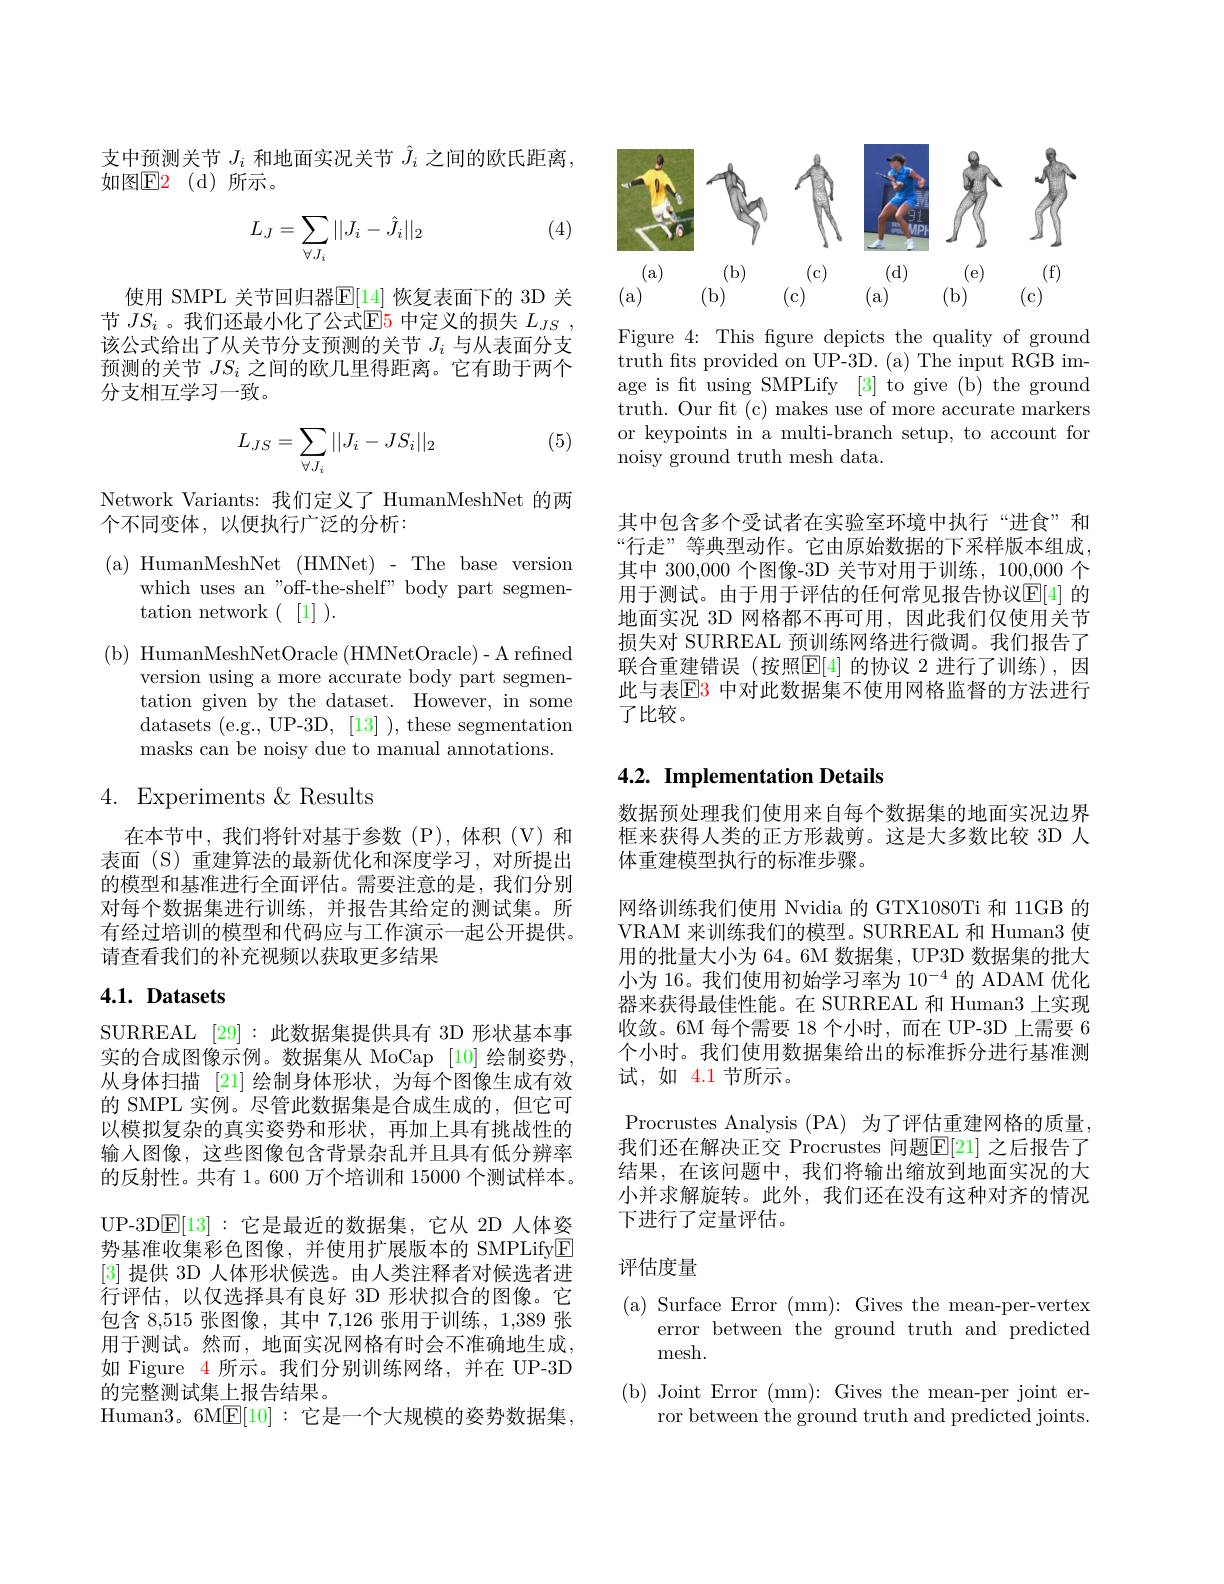
支中预测关节$J_i$和地面实况关节$\hat{J}_i$之间的欧氏距离，
如图E2(d)所示。

(4)
$$L_J=\sum\limits_{\forall J_i}||J_i-\hat{J}_i||_2$$
使用 SMPL 关节回归器$\overline{\mathbb{E}}[14]$ 恢复表面下的 3D 关节 $JS_i$ 。我们还最小化了公式$\overline{\mathrm{E}}$5 中定义的损失 $L_{JS}$, 该公式给出了从关节分支预测的关节$J_i$与从表面分支预测的关节$JS_i$之间的欧几里得距离。它有助于两个分支相互学习一致。

(5)
$$L_{JS}=\sum\limits_{\forall J_i}||J_i-JS_i||_2$$
Network Variants: 我们定义了 HumanMeshNet 的两
个不同变体，以便执行广泛的分析：

(a)HumanMeshNet(HMNet)-Thebaseversion

which uses an"off-the-shelf" body part segmen-

${\mathrm{tation~network~(~[1]~).}}$
( b) HumanMeshNetOracle ( HMNetOracle) - A refined
version using a more accurate body part segmentation given by the dataset. However, in some datasets (e.g., UP-3D, [13] ), these segmentation masks can be noisy due to manual annotations.

## 4. Experiments$\&$Results

在本节中，我们将针对基于参数(P),体积(V)和表面 (S) 重建算法的最新优化和深度学习，对所提出的模型和基准进行全面评估。需要注意的是，我们分别对每个数据集进行训练，并报告其给定的测试集。所有经过培训的模型和代码应与工作演示一起公开提供。请查看我们的补充视频以获取更多结果

## $4. 1. \textbf{ Datasets}$

SURREAL [29]:此数据集提供具有 3D 形状基本事实的合成图像示例。数据集从 MoCap [10] 绘制姿势， 从身体扫描 [21] 绘制身体形状，为每个图像生成有效的 SMPL 实例。尽管此数据集是合成生成的，但它可以模拟复杂的真实姿势和形状，再加上具有挑战性的输人图像，这些图像包含背景杂乱并且具有低分辨率的反射性。共有 1。600 万个培训和 15000 个测试样本。UP-3D$\underline{\mathrm{E}}[13]:$它是最近的数据集，它从 2D 人体姿势基准收集彩色图像，并使用扩展版本的 SMPLifyE [3]提供 3D 人体形状候选。由人类注释者对候选者进行评估，以仅选择具有良好 3D 形状拟合的图像。它包含 8,515 张图像，其中 7,126 张用于训练，1,389 张用于测试。然而，地面实况网格有时会不准确地生成， 如 Figure 4 所示。我们分别训练网络，并在 UP-3D 的完整测试集上报告结果。
Human3。6M$\mathbb{E}[10]:$它是一个大规模的姿势数据集。

<FigureHere>

Figure 4: This figure depicts the quality of ground truth fits provided on UP-3D. (a) The input RGB image is ft using SMPLify [3] to give (b) the ground truth. Our fit (c) makes use of more accurate markers or keypoints in a multi-branch setup, to account for noisy ground truth mesh data.

其中包含多个受试者在实验室环境中执行“进食”和“行走”等典型动作。它由原始数据的下采样版本组成， 其中 300,000 个图像-3D 关节对用于训练，100,000 个用于测试。由于用于评估的任何常见报告协议$\mathbb{E}[4]$ 的地面实况 3D 网格都不再可用，因此我们仅使用关节损失对 SURREAL 预训练网络进行微调。我们报告了联合重建错误(按照$\underline{\mathrm{E}}[4]$ 的协议 2 进行了训练),因此与表$\color{red}{\mathrm{E3}}$ 中对此数据集不使用网格监督的方法进行了比较。

## 4.2. Implementation Details

数据预处理我们使用来自每个数据集的地面实况边界框来获得人类的正方形裁剪。这是大多数比较 3D 人体重建模型执行的标准步骤。

网络训练我们使用 Nvidia 的 GTX1080Ti 和 11GB 的VRAM 来训练我们的模型。SURREAL 和 Human3 使用的批量大小为 64。6M 数据集，UP3D 数据集的批大小为 16。我们使用初始学习率为 10$^{-4}$的 ADAM 优化器来获得最佳性能。在 SURREAL 和 Human3 上实现收敛。6M 每个需要 18 个小时，而在 UP-3D 上需要 6个小时。我们使用数据集给出的标准拆分进行基准测试，如 4.1 节所示。
Procrustes Analysis (PA) 为了评估重建网格的质量， 我们还在解决正交 Procrustes 问题$\mathbb{E}[21]$ 之后报告了结果，在该问题中，我们将输出缩放到地面实况的大小并求解旋转。此外，我们还在没有这种对齐的情况下进行了定量评估。

## 评估度量

(a) Surface Error (mm): Gives the mean-per-vertex
error between the ground truth and predicted
mesh.
( b)  Joint Error ( mm) :  Gives the mean- per joint er-
ror between the ground truth and predicted joints.